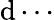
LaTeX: \mathrm{d}\cdots